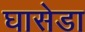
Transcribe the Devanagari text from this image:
घासेडा